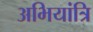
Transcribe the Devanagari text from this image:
अभियांत्रि